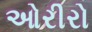
ઓરીરો